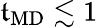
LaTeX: \mathfrak{t}_{\mathrm{{MD}}}\lesssim1